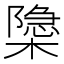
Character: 𬄩